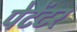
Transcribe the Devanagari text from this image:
पेटेंटर